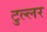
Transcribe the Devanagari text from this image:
टुल्लर